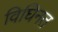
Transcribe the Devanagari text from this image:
विघिनत